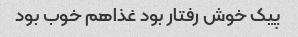
پیک خوش رفتار بود غذاهم خوب بود